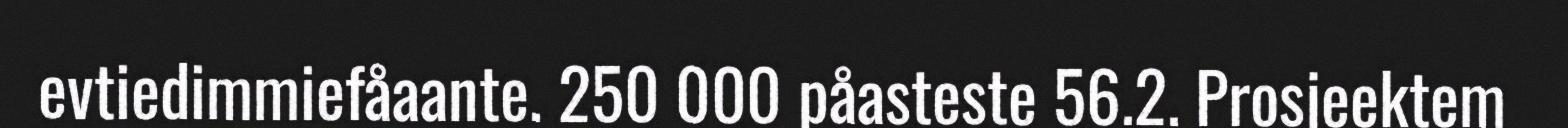
evtiedimmiefåaante. 250 000 påasteste 56.2. Prosjeektem